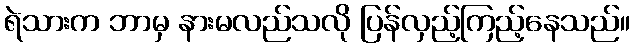
ရဲသားက ဘာမှ နားမလည်သလို ပြန်လှည့်ကြည့်နေသည်။